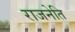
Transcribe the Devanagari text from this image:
राजनेति